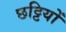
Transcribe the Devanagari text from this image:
छट्टियों